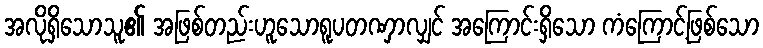
အလိုရှိသောသူ၏ အဖြစ်တည်းဟူသောရူပတဏှာလျှင် အကြောင်းရှိသော ကံကြောင့်ဖြစ်သော